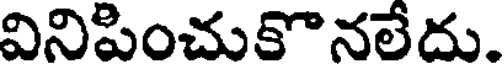
వినిపించుకొనలేదు.